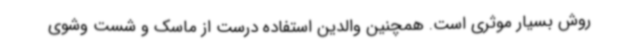
روش بسیار موثری است. همچنین والدین استفاده درست از ماسک و شست وشوی